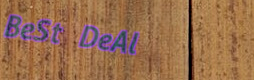
BeSt DeAl